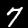
Digit: 7